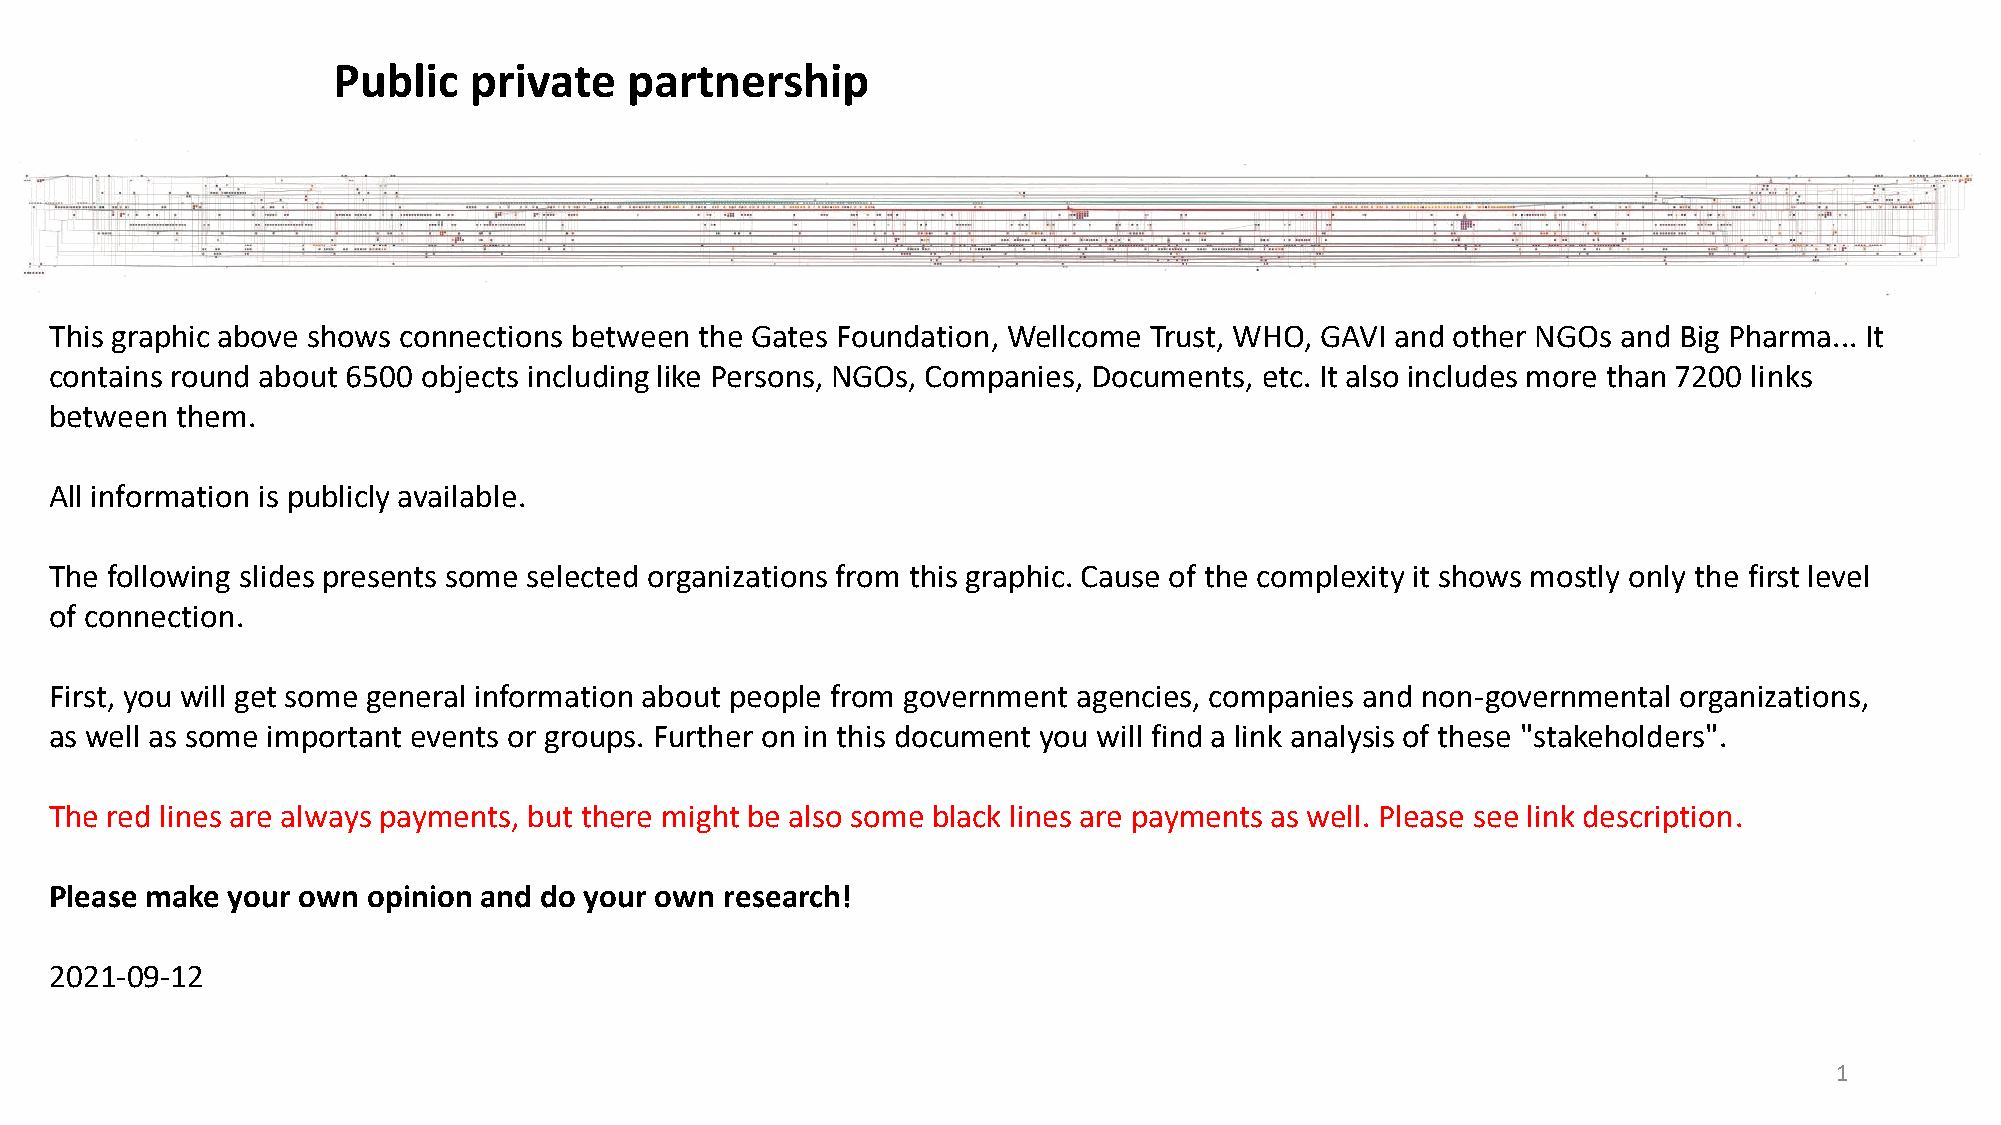
Public   private    partnership
 This graphic above shows connections between the Gates Foundation, Wellcome Trust, WHO, GAVI and other NGOs and Big Pharma... It
 contains round about 6500 objects including like Persons, NGOs, Companies, Documents, etc. It also includes more than 7200 links
 between  them.
 All information is publicly available.
 The following slides presents some selected organizations from this graphic. Cause of the complexity it shows mostly only the first level
 of connection.
 First, you will get some general information about people from government agencies, companies and non-governmental organizations,
 as well as some important events or groups. Further on in this document you will find a link analysis of these "stakeholders".
 The red lines are always payments, but there might be also some black lines are payments as well. Please see link description.
 Please make your own opinion and do your own research!
 2021-09-12
 1